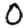
Digit: 0